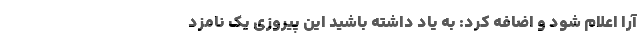
آرا اعلام شود و اضافه کرد: به یاد داشته باشید این پیروزی یک نامزد